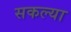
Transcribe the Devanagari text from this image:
सकल्या